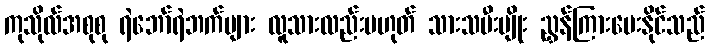
ကုသိုလ်အစုစု ရဲဘော်ရဲဘက်များ လူသားလည်းမဟုတ် သားသမီးမျိုး ညွှန်ကြားပေးနိုင်သည်